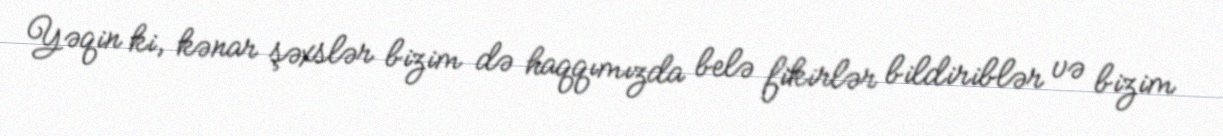
Yəqin ki, kənar şəxslər bizim də haqqımızda belə fikirlər bildiriblər və bizim